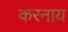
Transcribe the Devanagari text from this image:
करनाय